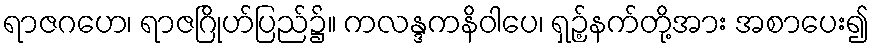
ရာဇဂဟေ၊ ရာဇဂြိုဟ်ပြည်၌။ ကလန္ဒကနိဝါပေ၊ ရှဉ့်နက်တို့အား အစာပေး၍